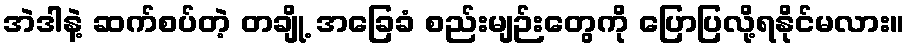
အဲဒါနဲ့ ဆက်စပ်တဲ့ တချို့ အခြေခံ စည်းမျဉ်းတွေကို ပြောပြလို့ရနိုင်မလား။